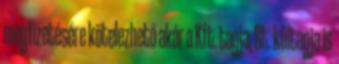
megfizetésére kötelezhető akár a Kft. tagja, Bt. kültagja is